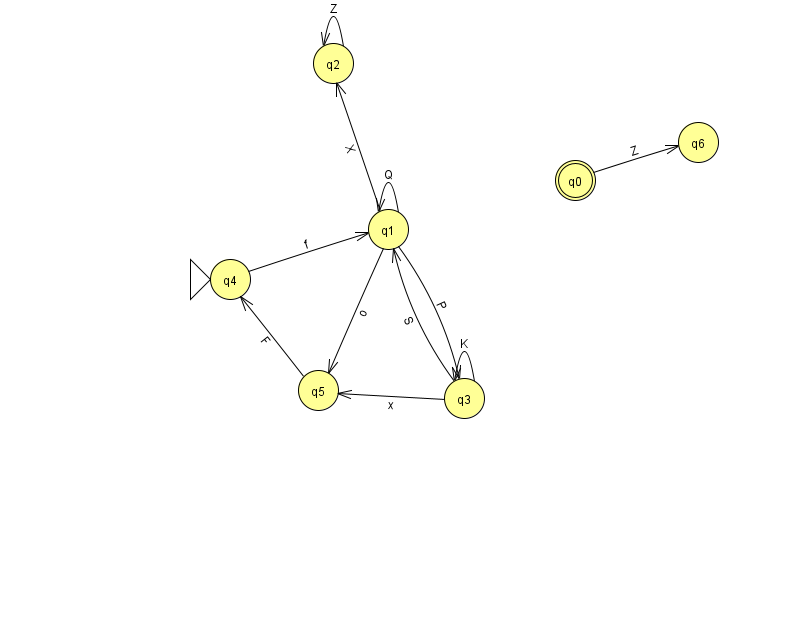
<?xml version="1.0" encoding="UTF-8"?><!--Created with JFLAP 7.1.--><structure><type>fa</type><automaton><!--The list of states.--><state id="0" name="q0"><x>575.0</x><y>167.0</y><final/></state><state id="1" name="q1"><x>388.0</x><y>216.0</y></state><state id="2" name="q2"><x>333.0</x><y>50.0</y></state><state id="3" name="q3"><x>464.0</x><y>385.0</y></state><state id="4" name="q4"><x>230.0</x><y>266.0</y><initial/></state><state id="5" name="q5"><x>318.0</x><y>377.0</y></state><state id="6" name="q6"><x>698.0</x><y>129.0</y></state><!--The list of transitions.--><transition><from>1</from><to>2</to><read>X</read></transition><transition><from>1</from><to>1</to><read>Q</read></transition><transition><from>3</from><to>5</to><read>x</read></transition><transition><from>2</from><to>2</to><read>Z</read></transition><transition><from>3</from><to>3</to><read>K</read></transition><transition><from>3</from><to>1</to><read>S</read></transition><transition><from>4</from><to>1</to><read>f</read></transition><transition><from>5</from><to>4</to><read>F</read></transition><transition><from>0</from><to>6</to><read>Z</read></transition><transition><from>1</from><to>3</to><read>P</read></transition><transition><from>1</from><to>5</to><read>o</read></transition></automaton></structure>